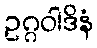
ဥဂ္ဂဝါဒိနံ